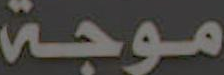
موجة